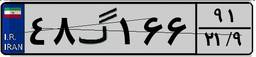
۳۱گ۱۲۱۷۹